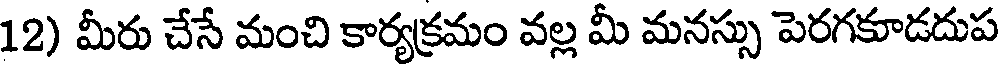
12) మీరు చేసే మంచి కార్యక్రమం వల్ల మీ మనస్సు పెరగకూడదుప